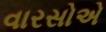
વારસોએ